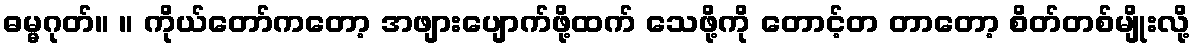
ဓမ္မဂုတ်။ ။ ကိုယ်တော်ကတော့ အဖျားပျောက်ဖို့ထက် သေဖို့ကို တောင့်တ တာတော့ စိတ်တစ်မျိုးလို့